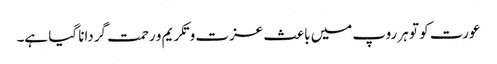
عورت کو تو ہر روپ میں باعث عزت و تکریم و رحمت گردانا گیا ہے۔